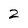
Character: 2